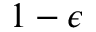
1 - \epsilon